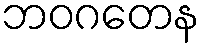
ဘဝဂတေန